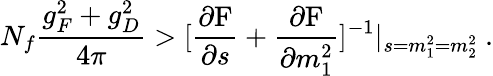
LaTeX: N_{f}\frac{g_{F}^{2}+g_{D}^{2}}{4\pi}>[\frac{\partial\mathrm{F}}{\partial s}+\frac{\partial\mathrm{F}}{\partial m_{1}^{2}}]^{-1}|_{s=m_{1}^{2}=m_{2}^{2}}\ .